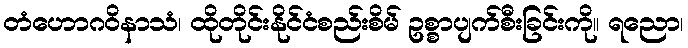
တံဟောဂဝိနာသံ၊ ထိုတိုင်းနိုင်ငံစည်းစိမ် ဥစ္စာပျက်စီးခြင်းကို။ ရညော၊